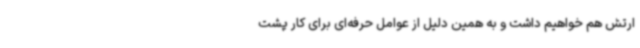
ارتش هم خواهیم داشت و به همین دلیل از عوامل حرفه‌ای برای کار پشت